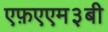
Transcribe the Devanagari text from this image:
एफ़एएम३बी